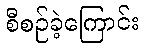
စီစဉ်ခဲ့ကြောင်း